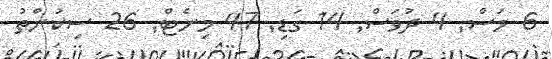
6 މަސް